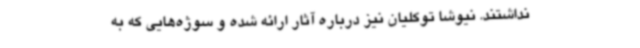
نداشتند. نیوشا توکلیان نیز درباره آثار ارائه شده و سوژه‌هایی که به